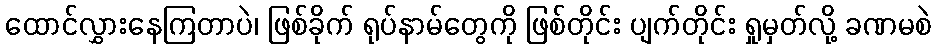
ထောင်လွှားနေကြတာပဲ၊ ဖြစ်ခိုက် ရုပ်နာမ်တွေကို ဖြစ်တိုင်း ပျက်တိုင်း ရှုမှတ်လို့ ခဏမစဲ